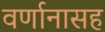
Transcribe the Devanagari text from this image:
वर्णानासह